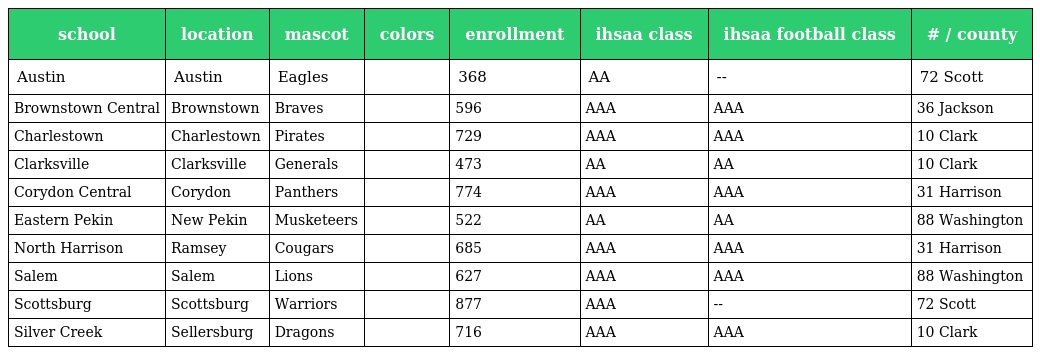
| school | location | mascot | colors | enrollment | ihsaa class | ihsaa football class | # / county |
 | --- | --- | --- | --- | --- | --- | --- | --- |
 | Austin | Austin | Eagles |  | 368 | AA | -- | 72 Scott |
 | Brownstown Central | Brownstown | Braves |  | 596 | AAA | AAA | 36 Jackson |
 | Charlestown | Charlestown | Pirates |  | 729 | AAA | AAA | 10 Clark |
 | Clarksville | Clarksville | Generals |  | 473 | AA | AA | 10 Clark |
 | Corydon Central | Corydon | Panthers |  | 774 | AAA | AAA | 31 Harrison |
 | Eastern Pekin | New Pekin | Musketeers |  | 522 | AA | AA | 88 Washington |
 | North Harrison | Ramsey | Cougars |  | 685 | AAA | AAA | 31 Harrison |
 | Salem | Salem | Lions |  | 627 | AAA | AAA | 88 Washington |
 | Scottsburg | Scottsburg | Warriors |  | 877 | AAA | -- | 72 Scott |
 | Silver Creek | Sellersburg | Dragons |  | 716 | AAA | AAA | 10 Clark |